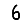
Digit: 6